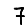
Digit: 7